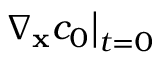
\left. \nabla _ { \mathbf x } c _ { 0 } \right| _ { t = 0 }